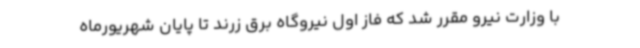
با وزارت نیرو مقرر شد که فاز اول نیروگاه برق زرند تا پایان شهریورماه